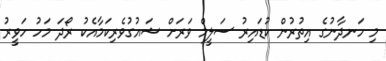
މި ހަނދާނުގެ އިތުރުން ކުޑައިރު ސަލީމް ވަރަށް ޝައުގުވެރިކަމާއެކު ރޯދަ މަހު ހަވީރު